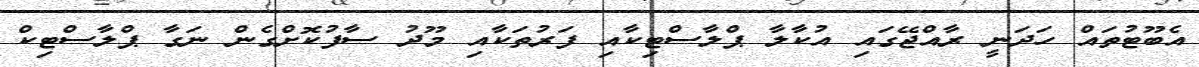
އެބޫޓުތައް ހަދަނީ ރާއްޖޭގައި އުކާލާ ޕްލާސްޓިކާއި ފަރުތަކާއި މޫދު ސާފުކޮށްގެން ނަގާ ޕްލާސްޓިކް